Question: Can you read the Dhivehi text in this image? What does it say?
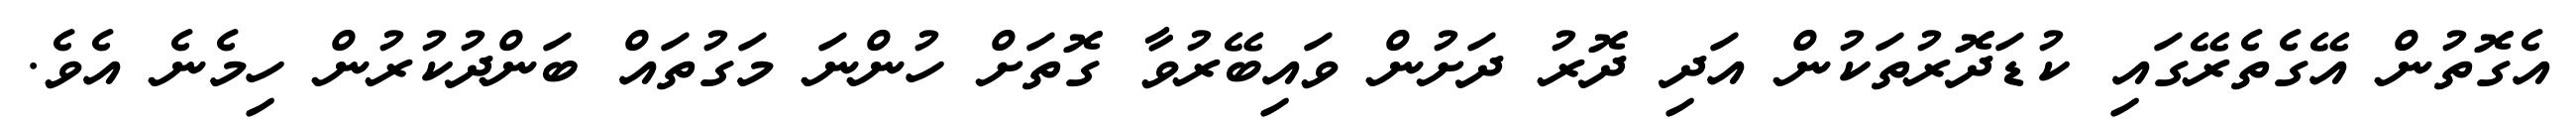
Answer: އެގޮތުން އޭގެތެރޭގައި ކުޑަދޮރުތަކުން އަދި ދޮރު ދަށުން ވައިބޭރުވާ ގޮތަށް ހުންނަ މަގުތައް ބަންދުކުރުން ހިމެނެ އެވެ.